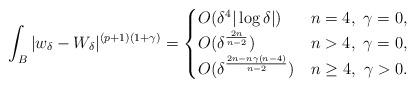
LaTeX: \begin{align*}\int_{B} |w_\delta-W_\delta|^{(p+1)(1+\gamma)}=\begin{cases}O(\delta^4 |\log \delta|) & n=4,\ \gamma=0,\\O(\delta^{\frac{2n}{n-2}}) & n>4,\ \gamma=0,\\O(\delta^\frac{2n-n\gamma(n-4)}{n-2}) & n\geq 4,\ \gamma>0.\end{cases}\end{align*}